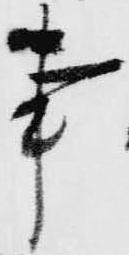
事